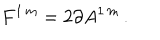
F ^ { 1 \, m } = 2 \partial A ^ { 1 \, m } \, .